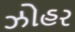
ઝોહર